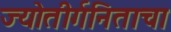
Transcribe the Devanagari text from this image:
ज्योतीर्गनिताचा